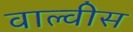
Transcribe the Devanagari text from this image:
वाल्वीस